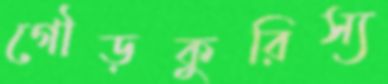
গৌড়কুরিস্য